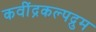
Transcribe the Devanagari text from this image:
कवींद्रकल्पद्रुम